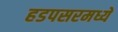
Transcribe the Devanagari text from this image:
हडपसरमध्ये